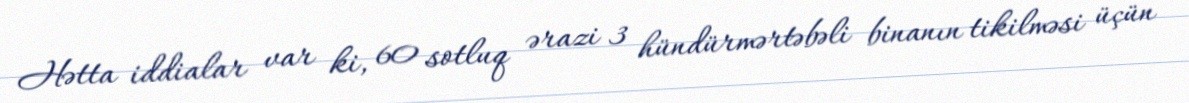
Hətta iddialar var ki, 60 sotluq ərazi 3 hündürmərtəbəli binanın tikilməsi üçün